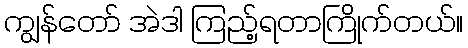
ကျွန်တော် အဲဒါ ကြည့်ရတာကြိုက်တယ်။